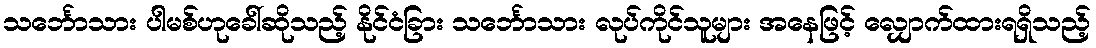
သင်္ဘောသား ပါမစ်ဟုခေါ်ဆိုသည့် နိုင်ငံခြား သင်္ဘောသား လုပ်ကိုင်သူများ အနေဖြင့် လျှောက်ထားရရှိသည့်